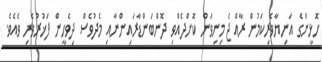
ހޮޅީންގެ އަނިޔާވެރިކަމުން ރާއްޖެ މިނިވަން ކޮށްދެއްވި ދޮންބަންޑާރައިންނާއި މެދުވެސް ދިވެހީން ފަޚުރުވެރި ވެއެވެ.